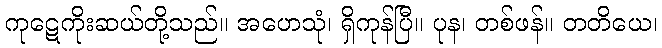
ကုဋေကိုးဆယ်တို့သည်။ အဟေသုံ၊ ရှိကုန်ပြီ။ ပုန၊ တစ်ဖန်။ တတိယေ၊